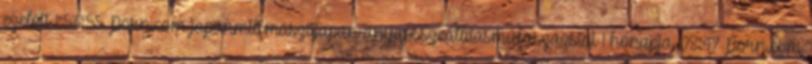
ezelőtt 1:53:55 Porn.com japánmilfmasztijapán anyaösszeállításműfaszázsiai 1 hónapja 08:47 Porn.com